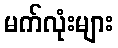
မက်လုံးများ